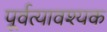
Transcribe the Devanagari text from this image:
पूर्वत्यावश्यक